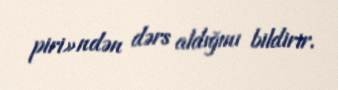
piri»ndən dərs aldığını bildirir.